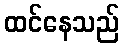
ထင်နေသည်